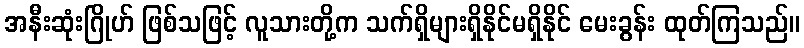
အနီးဆုံးဂြိုဟ် ဖြစ်သဖြင့် လူသားတို့က သက်ရှိများရှိနိုင်မရှိနိုင် မေးခွန်း ထုတ်ကြသည်။